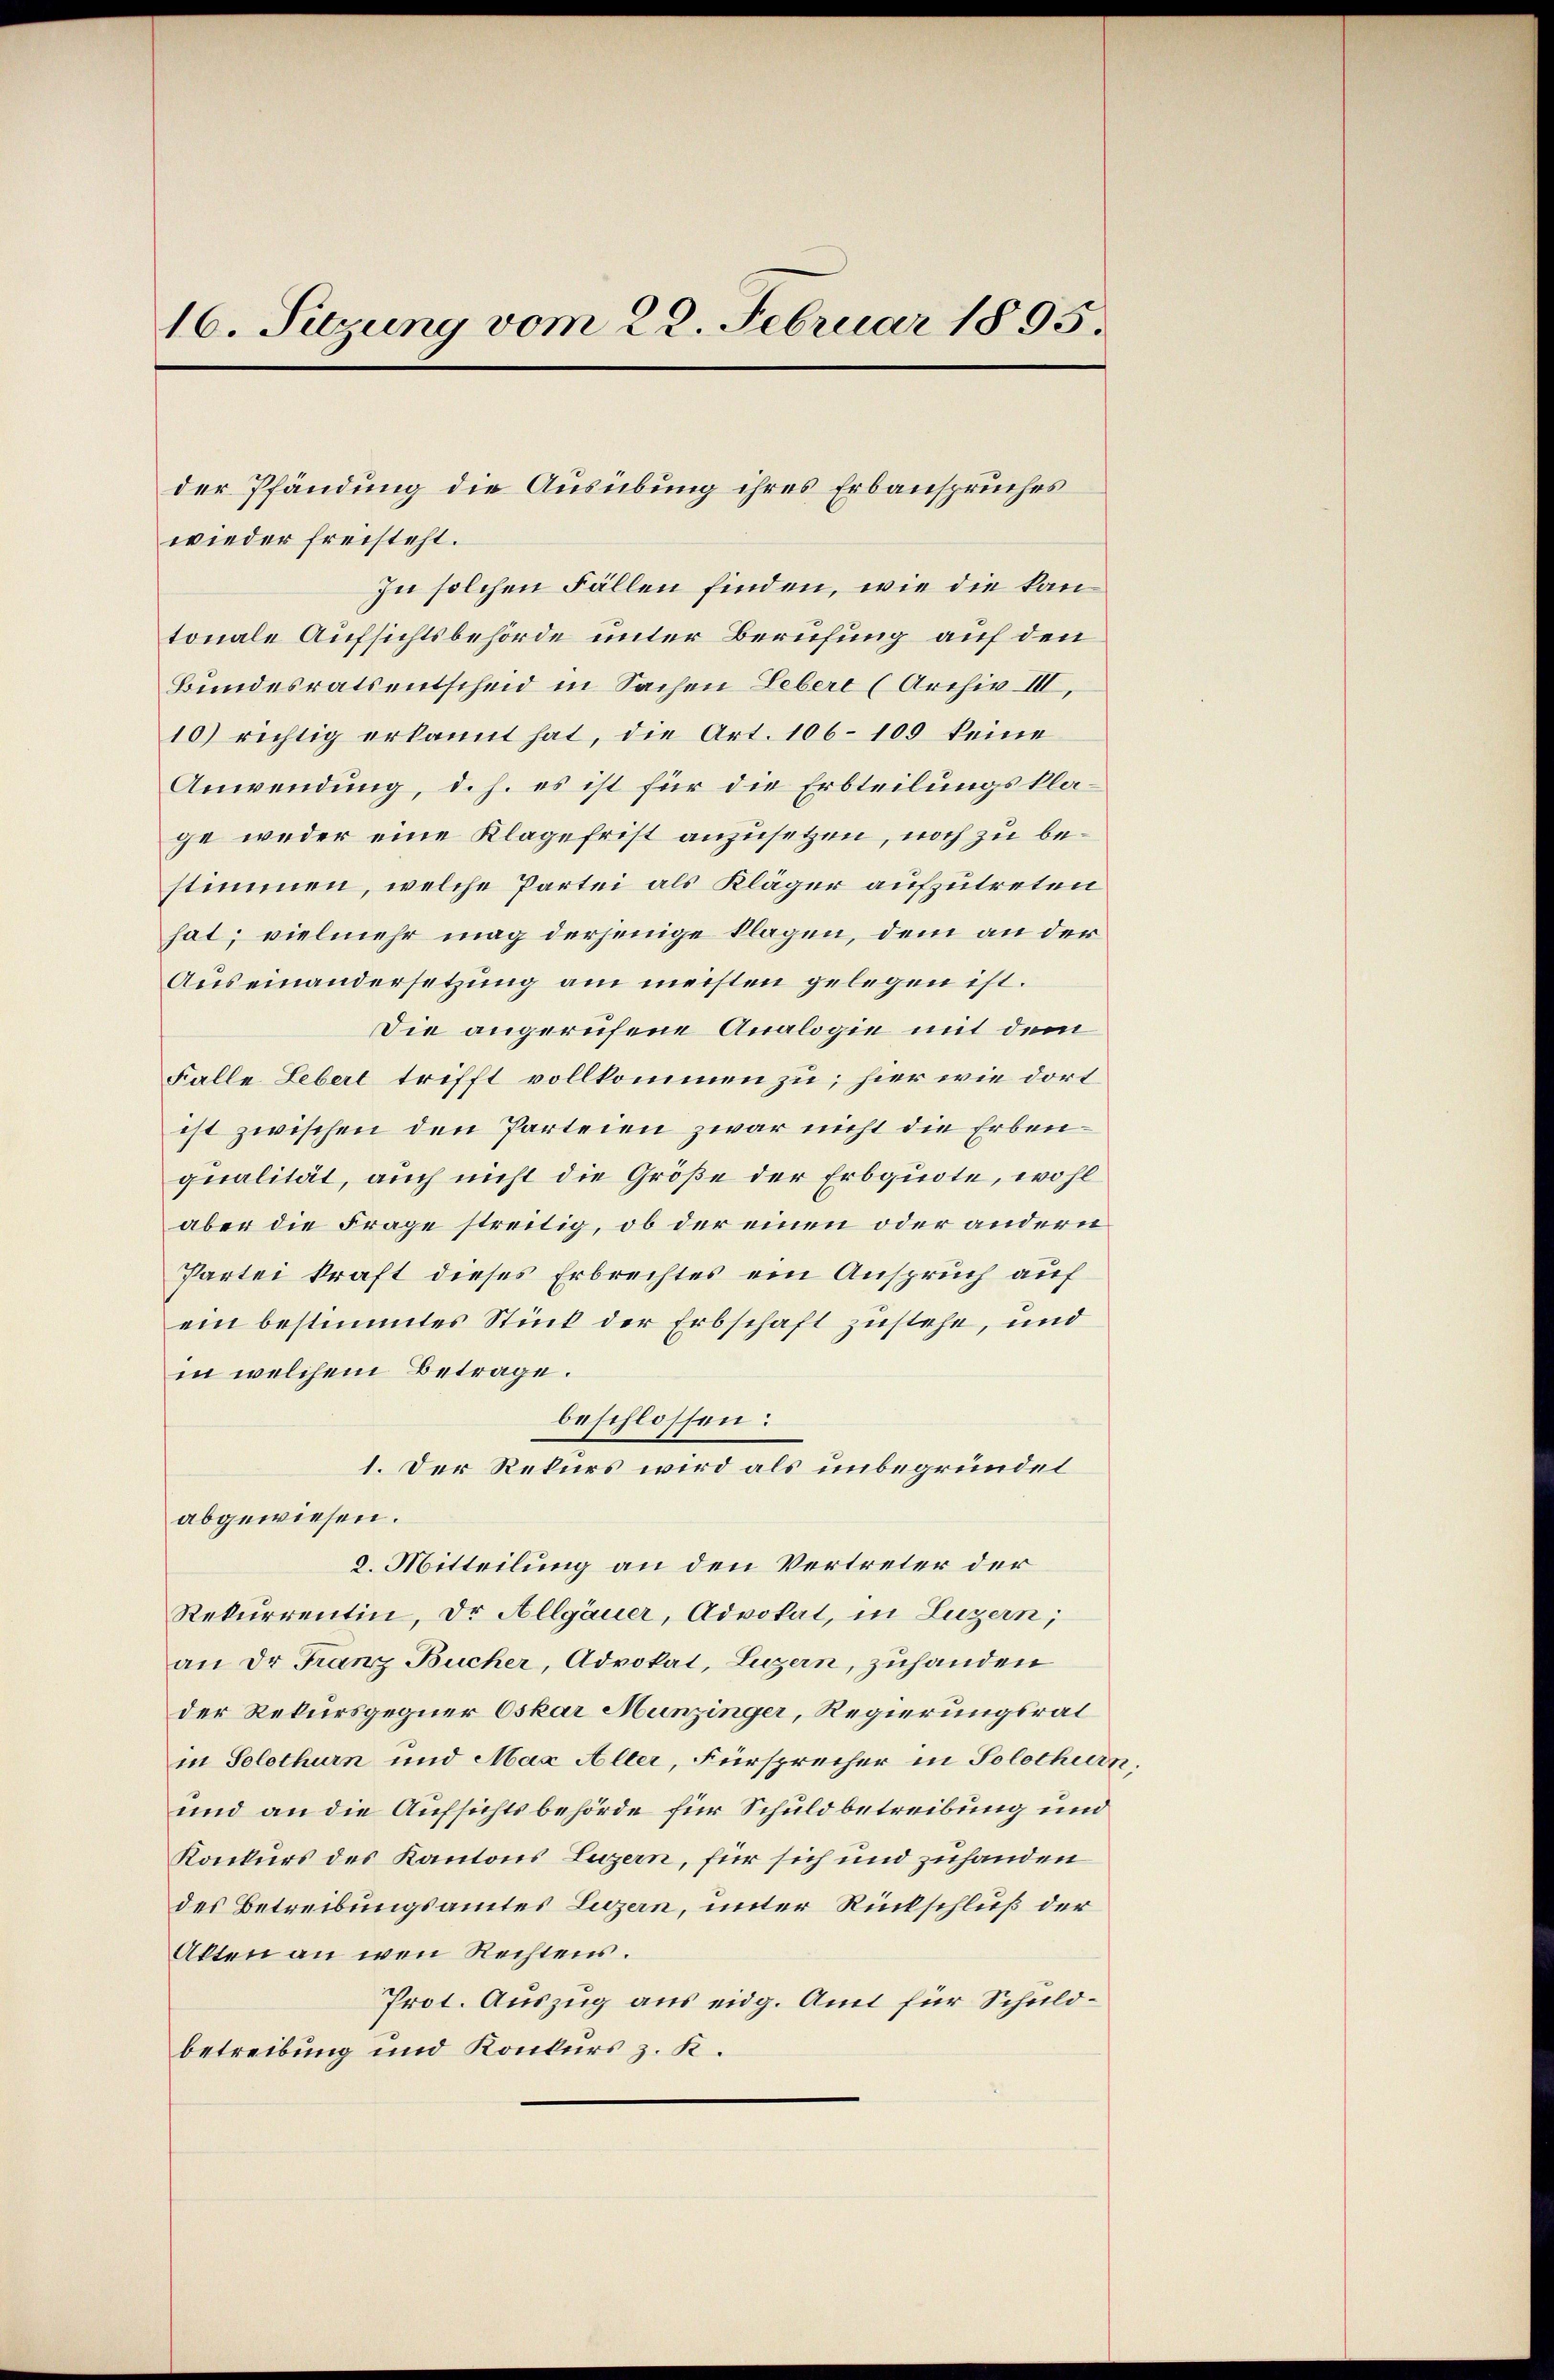
16. Sitzung vom 22. Februar 1895.

wieder freisteht.
In solchen Fällen finden, wie die kantonale Aufsichtsbehörde unter Berufung auf den
Bundesrats entscheid in Sachen Lebert (Archiv III,
10) richtig erkannt hat, die Art. 106-109 keine
Anwendung, d. h. es ist für die Erbteilungsklage weder eine Klagefrist anzusetzen, noch zu bestimmen, welche Partei als Kläger aufzutreten
hat; vielmehr mag derjenige klagen, dem an der
Auseinandersetzung am meisten gelegen ist.
Die angerufene Analogie mit dem
Falle Lebert trifft vollkommen zu, hier wie dort
ist zwischen den Parteien zwar nicht die Erbenqualität, auch nicht die Größe der Erbquote, wohl
aber die Frage streitig, ob der einen oder andern
Partei kraft dieses Erbrechtes ein Anspruch auf
ein bestimmtes Stück der Erbschaft zustehe, und
in welchem Betrage.
beschlossen:
1. Der Rekurs wird als unbegründet
abgewiesen.
2. Mitteilung an den Vertreter der
Rekurrentin, Dr Allgäuer, Advokat, in Luzern;
an der Franz Bucher, Advokat, Luzern, zuhanden
der Rekursgegner Oskar Munzinger, Regierungsrat
in Solothurn und Max Alter, Fürsprecher in Solothurn.
und an die Aufsichtsbehörde für Schuldbetreibung und
Konkurs des Kantons Luzern, für sich und zuhanden
des Betreibungsamtes Luzern, unter Rückschluß der
Akten an wen Rechtens.
Prot. Auszug aus eidg. Amt für Schuldbetreibung und Konkurs z. K.

der Pfändung die Ausübung ihres Erbanspruches